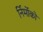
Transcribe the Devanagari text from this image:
र्निर्मोको